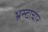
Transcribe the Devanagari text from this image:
भ्रस्टाचार